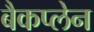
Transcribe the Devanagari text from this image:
बैकप्लेन